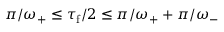
\pi / \omega _ { + } \leq \tau _ { \mathrm { f } } / 2 \leq \pi / \omega _ { + } + \pi / \omega _ { - }